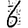
Digit: 6